Plague in India, 1896, 1897 - Volume 1
Year: 1896
Disease focus: Plague
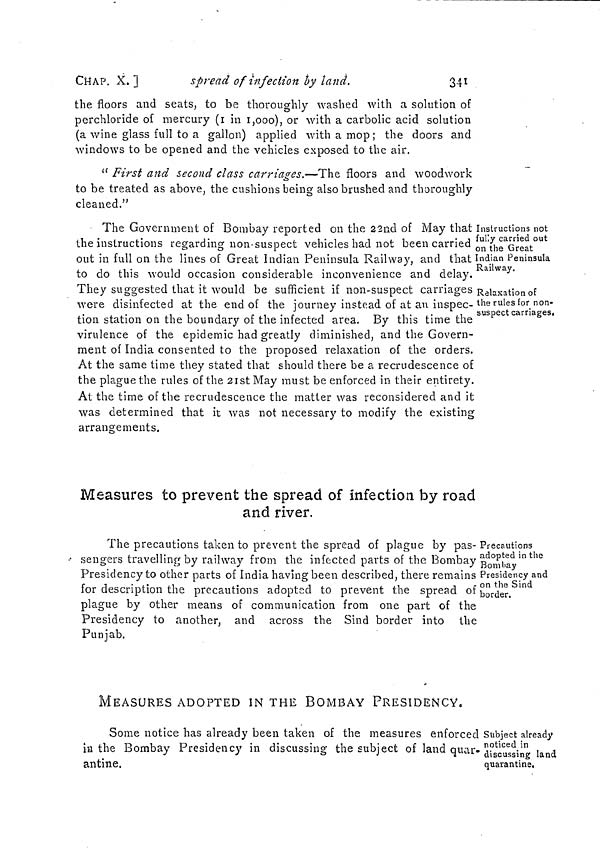
CHAP. X. ]
spread of infection by land.
341
the floors and seats, to be thoroughly washed with a solution of
perchloride of mercury (1 in 1,000), or with a carbolic acid solution
(a wine glass full to a gallon) applied with a mop; the doors and
windows to be opened and the vehicles exposed to the air.
" First and second class carriages.—The floors and woodwork
to be treated as above, the cushions being also brushed and thoroughly
cleaned."
Instructions not
fully carried out
on the Great
Indian Peninsula
Railway.
Relaxation of
the rules for non-
suspect carriages.
The Government of Bombay reported on the 22nd of May that
the instructions regarding non suspect vehicles had not been carried
out in full on the lines of Great Indian Peninsula Railway, and that
to do this would occasion considerable inconvenience and delay.
They suggested that it would be sufficient if non-suspect carriages
were disinfected at the end of the journey instead of at an inspec-
tion station on the boundary of the infected area. By this time the
virulence of the epidemic had greatly diminished, and the Govern-
ment of India consented to the proposed relaxation of the orders.
At the same time they stated that should there be a recrudescence of
the plague the rules of the 21st May must be enforced in their entirety.
At the time of the recrudescence the matter was reconsidered and it
was determined that it was not necessary to modify the existing
arrangements.
Measures to prevent the spread of infection by road
and river.
Precautions
adopted in the
Bombay
Presidency and
on the Sind
border.
The precautions taken to prevent the spread of plague by pas-
sengers travelling by railway from the infected parts of the Bombay
Presidency to other parts of India having been described, there remains
for description the precautions adopted to prevent the spread of
plague by other means of communication from one part of the
Presidency to another, and across the Sind border into the
Punjab.
MEASURES ADOPTED IN THE BOMBAY PRESIDENCY.
Subject already
noticed in
discussing land
quarantine.
Some notice has already been taken of the measures enforced
in the Bombay Presidency in discussing the subject of land quar-
antine.